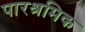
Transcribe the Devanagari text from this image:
पारश्रमिक